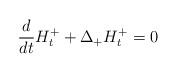
LaTeX: \begin{align*}\frac{d}{dt}H_{t}^{+}+\Delta_{+}H_{t}^{+}=0\end{align*}